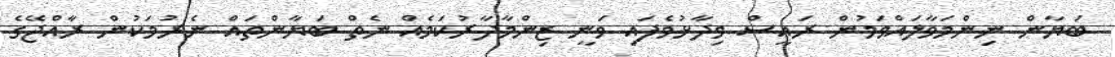
ބަޔާން ނިންމަވާލައްވަމުން ރައީސް ވިދާޅުވެފައި ވަނީ ޒިންމާދާރުކަމެއް ނެތް ބަޔާންތައް ނެރުމަކުން ރާއްޖޭގެ